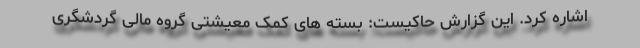
اشاره کرد. این گزارش حاکیست: بسته های کمک معیشتی گروه مالی گردشگری